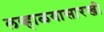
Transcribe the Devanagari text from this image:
लव्हाळयासारखी